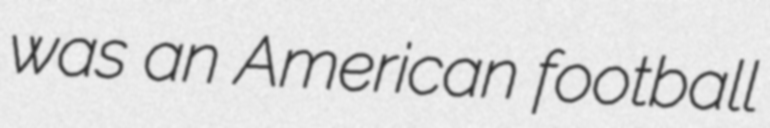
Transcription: was an American football